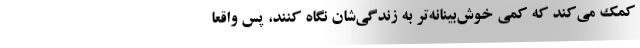
کمک می‌کند که کمی خوش‌بینانه‌تر به زندگی‌شان نگاه کنند، پس واقعاً